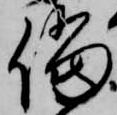
儅